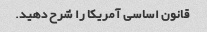
قانون اساسی آمریکا را شرح دهید.